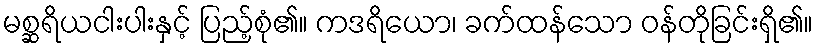
မစ္ဆရိယငါးပါးနှင့် ပြည့်စုံ၏။ ကဒရိယော၊ ခက်ထန်သော ဝန်တိုခြင်းရှိ၏။